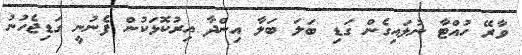
ވާރޭ ހުއްޓާ ނުލައިގެން ގަޑި ބަލަ ބަލާ އިންދާ އިރުކޮޅަކުން ފެނުނީ ގަޑިޖެހުނު